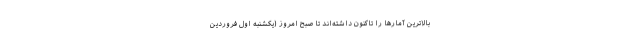
بالاترین آمارها را تاکنون داشته‌اند تا صبح امروز (یکشنبه اول فروردین